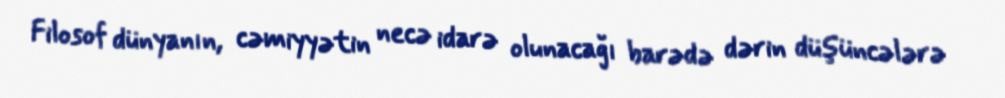
Filosof dünyanın, cəmiyyətin necə idarə olunacağı barədə dərin düşüncələrə